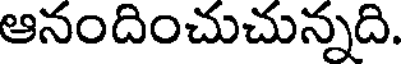
ఆనందించుచున్నది.